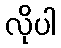
လိုပါ